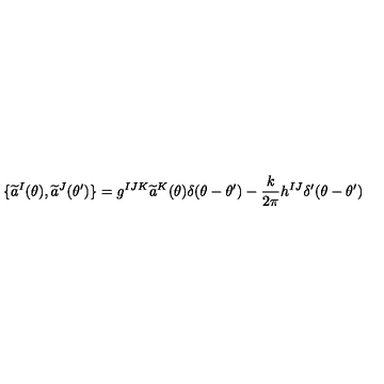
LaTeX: \{ \widetilde { a } ^ { I } ( \theta ) , \widetilde { a } ^ { J } ( \theta ^ { \prime } ) \} = g ^ { I J K } \widetilde { a } ^ { K } ( \theta ) \delta ( \theta - \theta ^ { \prime } ) - \frac { k } { 2 \pi } h ^ { I J } \delta ^ { \prime } ( \theta - \theta ^ { \prime } )